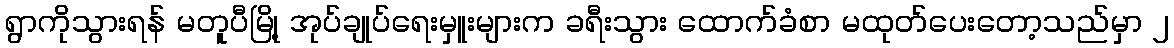
ရွာကိုသွားရန် မတူပီမြို့ အုပ်ချုပ်ရေးမှူးများက ခရီးသွား ထောက်ခံစာ မထုတ်ပေးတော့သည်မှာ ၂